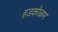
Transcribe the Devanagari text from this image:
हडकोळण